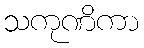
သကုဏိကာ